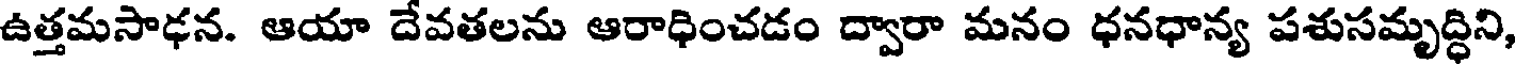
ఉత్తమసాఢన. ఆయా దేవతలను ఆరాధించడం ద్వారా మనం ధనధాన్య పశుసమృద్ధిని,